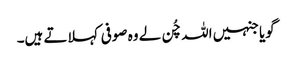
گویا جنہیں اللہ چُن لے وہ صوفی کہلاتے ہیں۔